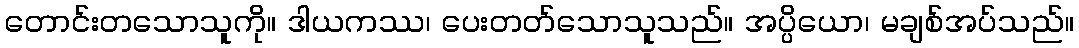
တောင်းတသောသူကို။ ဒါယကဿ၊ ပေးတတ်သောသူသည်။ အပ္ပိယော၊ မချစ်အပ်သည်။